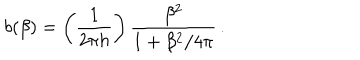
b ( \beta ) = \left( \frac { 1 } { 2 \pi h } \right) \frac { \beta ^ { 2 } } { 1 + \beta ^ { 2 } / 4 \pi } \, .